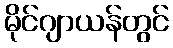
မိုင်ဂျာယန်တွင်